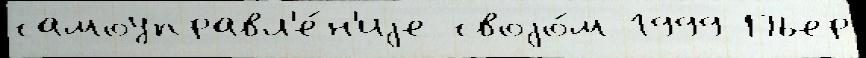
самоуправл'е́н'иjе своjо́м 1999 Пьер